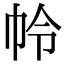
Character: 𭘘